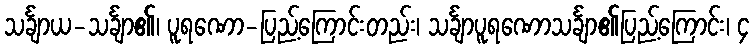
သင်္ချာယ-သင်္ချာ၏၊ ပူရဏော-ပြည့်ကြောင်းတည်း၊ သင်္ချာပူရဏောသင်္ချာ၏ပြည့်ကြောင်း၊ ၄